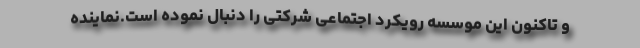
و تاکنون این موسسه رویکرد اجتماعی شرکتی را دنبال نموده است.نماینده